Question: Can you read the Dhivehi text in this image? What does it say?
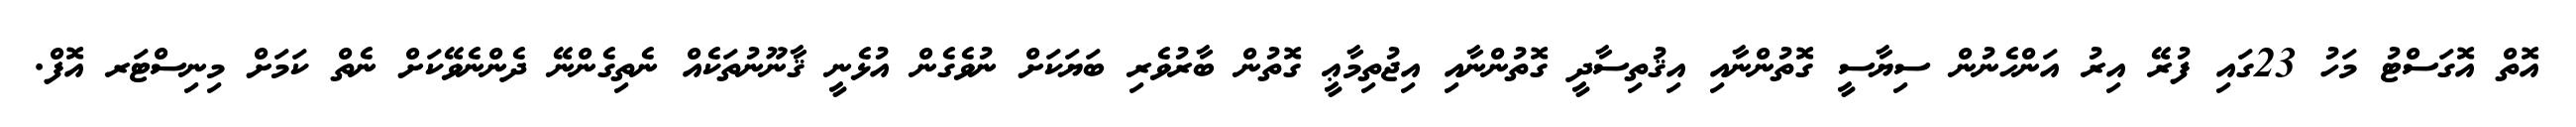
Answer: އޮތް އޮގަސްޓު މަހު 23ގައި ފުރޭ އިރު އަންހެނުން ސިޔާސީ ގޮތުންނާއި އިޤުތިސާދީ ގޮތުންނާއި އިޖުތިމާޢީ ގޮތުން ބާރުވެރި ބަޔަކަށް ނުވެގެން އުޅެނީ ޤާނޫނުތަކެއް ނެތިގެންނޭ ދެންނެވޭކަށް ނެތް ކަމަށް މިނިސްޓަރ އޮފް.